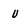
Character: v